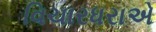
વિચારધરાએ